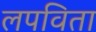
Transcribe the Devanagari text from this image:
लपविता